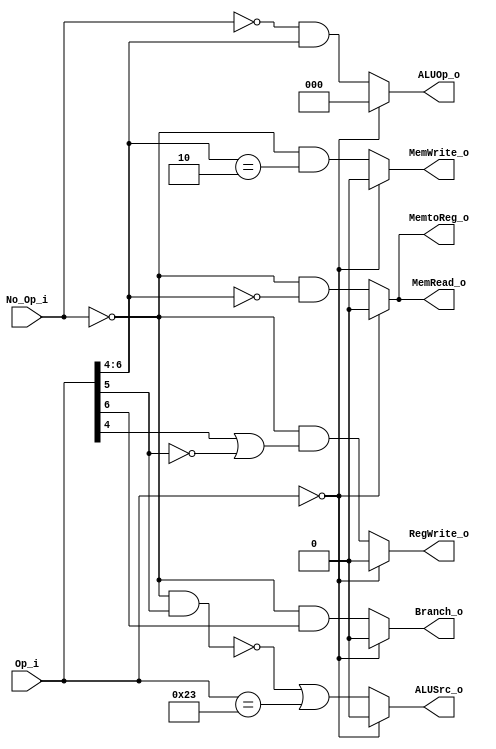
module Control
(
    Op_i,
    No_Op_i,
    RegWrite_o,
    MemtoReg_o,
    MemRead_o,
    MemWrite_o,
    ALUOp_o,
    ALUSrc_o,
    Branch_o
);

input [6:0] Op_i;
input No_Op_i;
output RegWrite_o;
output MemtoReg_o;
output MemRead_o;
output MemWrite_o;
output [2:0] ALUOp_o;
output ALUSrc_o;
output Branch_o;

assign RegWrite_o = (Op_i==7'b0000000) ? 1'b0 : ~No_Op_i & (Op_i[4] | ~Op_i[5]);
assign MemtoReg_o = (Op_i==7'b0000000) ? 1'b0 : ~No_Op_i & (Op_i[6:4] == 3'b000);
assign MemRead_o  = (Op_i==7'b0000000) ? 1'b0 : ~No_Op_i & (Op_i[6:4] == 3'b000);
assign MemWrite_o = (Op_i==7'b0000000) ? 1'b0 : ~No_Op_i & (Op_i[6:4] == 3'b010);
assign ALUOp_o    = (Op_i==7'b0000000) ? 3'b0 : ~No_Op_i & Op_i[6:4];
assign ALUSrc_o   = (Op_i==7'b0000000) ? 1'b0 : (~(~No_Op_i & Op_i[5])) | (Op_i[6:0]==7'b0100011) ;
assign Branch_o   = (Op_i==7'b0000000) ? 1'b0 : ~No_Op_i & Op_i[6];

endmodule